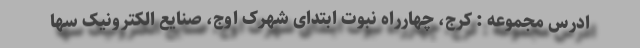
ادرس مجموعه : کرج، چهارراه نبوت ابتدای شهرک اوج، صنایع الکترونیک سها